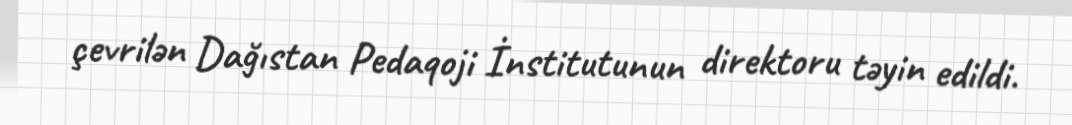
çevrilən Dağıstan Pedaqoji İnstitutunun direktoru təyin edildi.